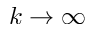
k \to \infty